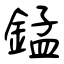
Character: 錳